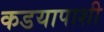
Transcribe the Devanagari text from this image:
कडयापाशी